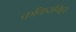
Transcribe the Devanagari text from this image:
काँकरविट्टा